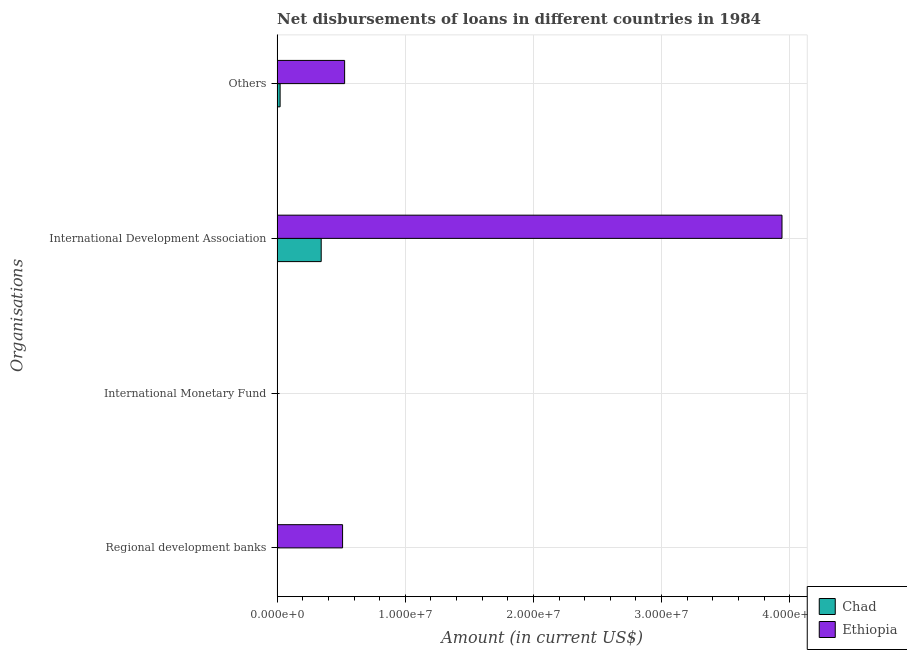
| Organisations | Chad | Ethiopia |
 | --- | --- | --- |
 | Regional development banks | -1.9e+04 | 5.11e+06 |
 | International Monetary Fund | -1.10e+06 | -2.3e+06 |
 | International Development Association | 3.44e+06 | 3.94e+07 |
 | Others | 2.33e+05 | 5.27e+06 |